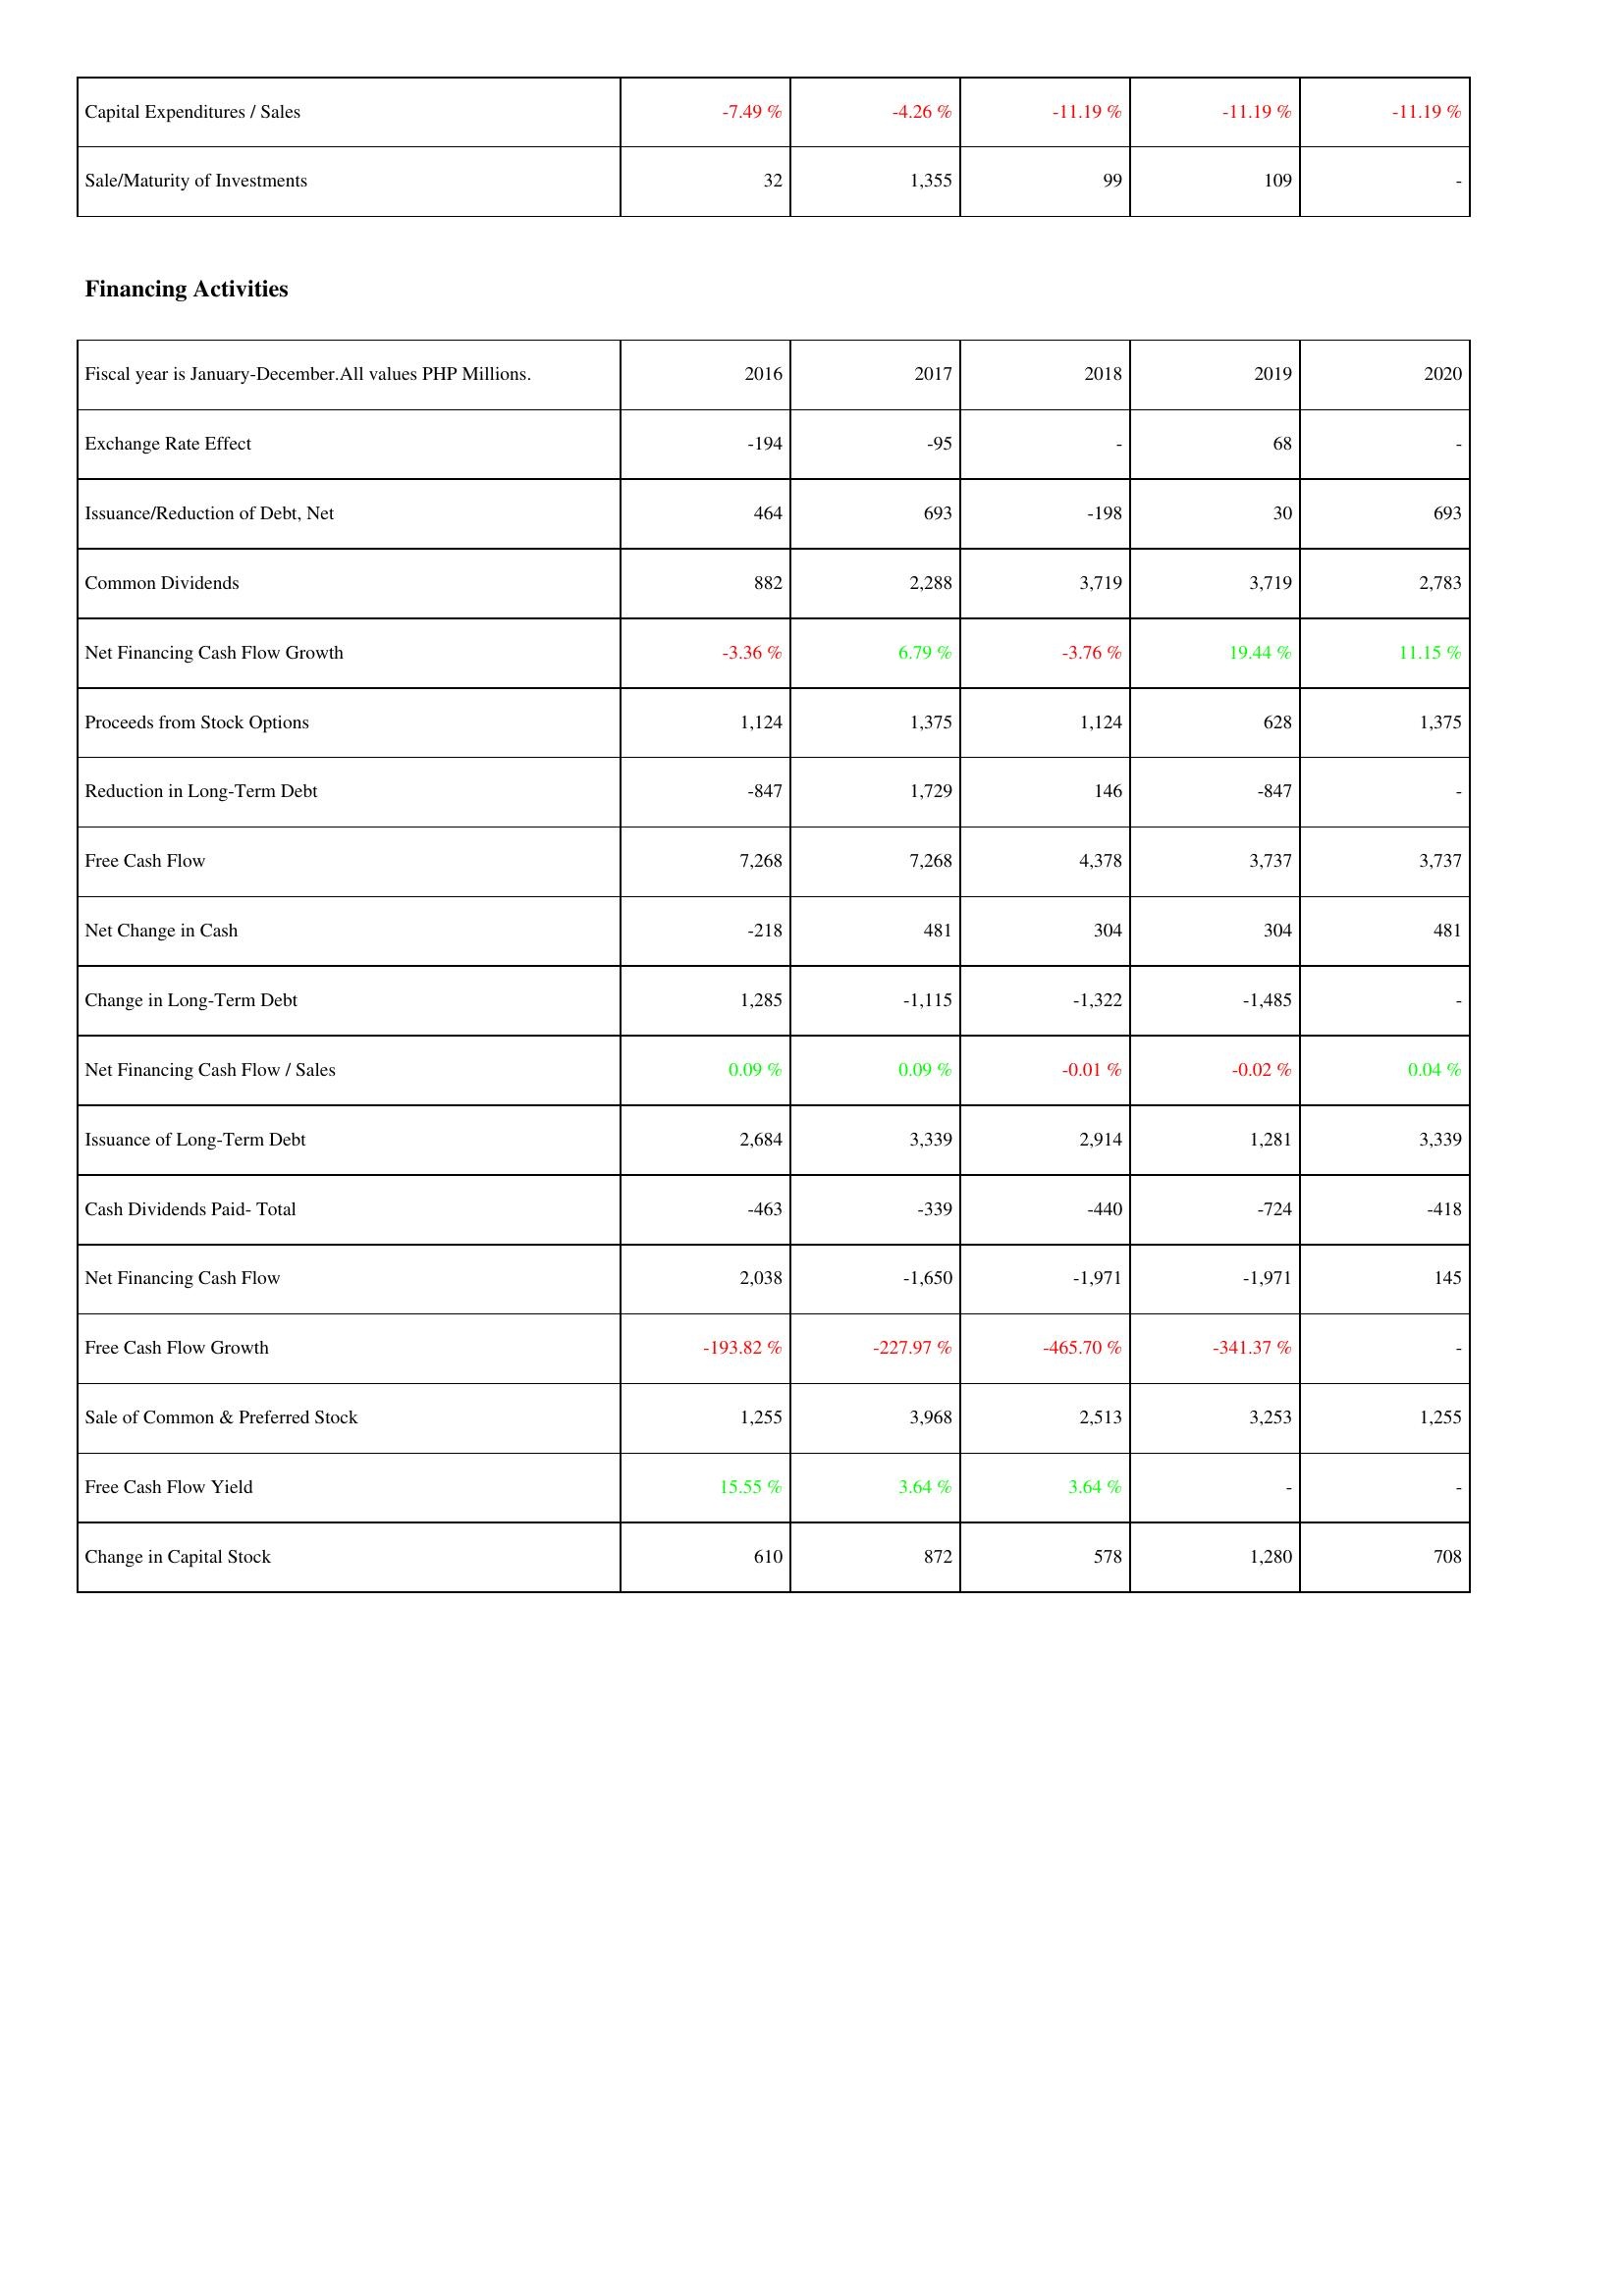
2016: Investing Activities: Capital Expenditures / Sales: -7.49 %
Sale/Maturity of Investments: 32
Financing Activities: Exchange Rate Effect: -194
Issuance/Reduction of Debt, Net: 464
Common Dividends: 882
Net Financing Cash Flow Growth: -3.36 %
Proceeds from Stock Options: 1,124
Reduction in Long-Term Debt: -847
Free Cash Flow: 7,268
Net Change in Cash: -218
Change in Long-Term Debt: 1,285
Net Financing Cash Flow / Sales: 0.09 %
Issuance of Long-Term Debt: 2,684
Cash Dividends Paid- Total: -463
Net Financing Cash Flow: 2,038
Free Cash Flow Growth: -193.82 %
Sale of Common & Preferred Stock: 1,255
Free Cash Flow Yield: 15.55 %
Change in Capital Stock: 610
2017: Investing Activities: Capital Expenditures / Sales: -4.26 %
Sale/Maturity of Investments: 1,355
Financing Activities: Exchange Rate Effect: -95
Issuance/Reduction of Debt, Net: 693
Common Dividends: 2,288
Net Financing Cash Flow Growth: 6.79 %
Proceeds from Stock Options: 1,375
Reduction in Long-Term Debt: 1,729
Free Cash Flow: 7,268
Net Change in Cash: 481
Change in Long-Term Debt: -1,115
Net Financing Cash Flow / Sales: 0.09 %
Issuance of Long-Term Debt: 3,339
Cash Dividends Paid- Total: -339
Net Financing Cash Flow: -1,650
Free Cash Flow Growth: -227.97 %
Sale of Common & Preferred Stock: 3,968
Free Cash Flow Yield: 3.64 %
Change in Capital Stock: 872
2018: Investing Activities: Capital Expenditures / Sales: -11.19 %
Sale/Maturity of Investments: 99
Financing Activities: Exchange Rate Effect: -
Issuance/Reduction of Debt, Net: -198
Common Dividends: 3,719
Net Financing Cash Flow Growth: -3.76 %
Proceeds from Stock Options: 1,124
Reduction in Long-Term Debt: 146
Free Cash Flow: 4,378
Net Change in Cash: 304
Change in Long-Term Debt: -1,322
Net Financing Cash Flow / Sales: -0.01 %
Issuance of Long-Term Debt: 2,914
Cash Dividends Paid- Total: -440
Net Financing Cash Flow: -1,971
Free Cash Flow Growth: -465.70 %
Sale of Common & Preferred Stock: 2,513
Free Cash Flow Yield: 3.64 %
Change in Capital Stock: 578
2019: Investing Activities: Capital Expenditures / Sales: -11.19 %
Sale/Maturity of Investments: 109
Financing Activities: Exchange Rate Effect: 68
Issuance/Reduction of Debt, Net: 30
Common Dividends: 3,719
Net Financing Cash Flow Growth: 19.44 %
Proceeds from Stock Options: 628
Reduction in Long-Term Debt: -847
Free Cash Flow: 3,737
Net Change in Cash: 304
Change in Long-Term Debt: -1,485
Net Financing Cash Flow / Sales: -0.02 %
Issuance of Long-Term Debt: 1,281
Cash Dividends Paid- Total: -724
Net Financing Cash Flow: -1,971
Free Cash Flow Growth: -341.37 %
Sale of Common & Preferred Stock: 3,253
Free Cash Flow Yield: -
Change in Capital Stock: 1,280
2020: Investing Activities: Capital Expenditures / Sales: -11.19 %
Sale/Maturity of Investments: -
Financing Activities: Exchange Rate Effect: -
Issuance/Reduction of Debt, Net: 693
Common Dividends: 2,783
Net Financing Cash Flow Growth: 11.15 %
Proceeds from Stock Options: 1,375
Reduction in Long-Term Debt: -
Free Cash Flow: 3,737
Net Change in Cash: 481
Change in Long-Term Debt: -
Net Financing Cash Flow / Sales: 0.04 %
Issuance of Long-Term Debt: 3,339
Cash Dividends Paid- Total: -418
Net Financing Cash Flow: 145
Free Cash Flow Growth: -
Sale of Common & Preferred Stock: 1,255
Free Cash Flow Yield: -
Change in Capital Stock: 708